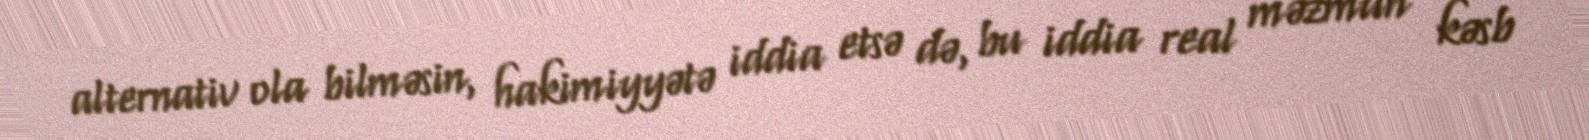
alternativ ola bilməsin, hakimiyyətə iddia etsə də, bu iddia real məzmun kəsb